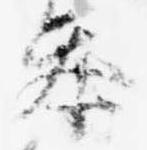
参